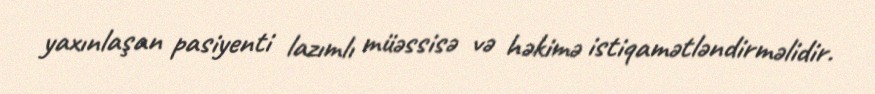
yaxınlaşan pasiyenti lazımlı müəssisə və həkimə istiqamətləndirməlidir.